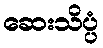
ဆေးသိပ္ပံ